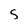
Character: S